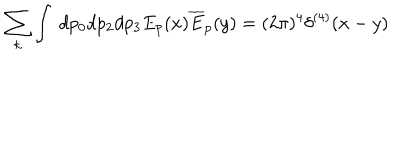
LaTeX: \sum _ { k } \int \ d p _ { 0 } d p _ { 2 } d p _ { 3 } E _ { p } ( x ) \overline { { { E } } } _ { p } ( y ) = ( 2 \pi ) ^ { 4 } \delta ^ { ( 4 ) } ( x - y )